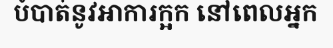
បំបាត់នូវអាការក្អក នៅពេលអ្នក